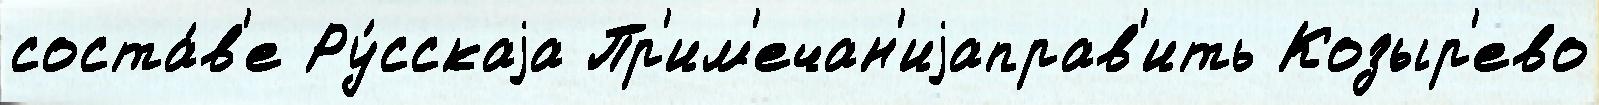
соста́в'е Ру́сскаjа Пр'им'ечан'иjаправ'ить Козыр'ево